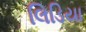
લિડિયા